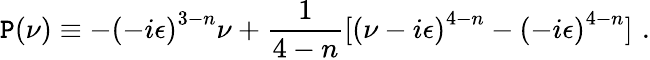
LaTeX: \mathtt{P}(\nu)\equiv-{(-i\epsilon)}^{3-n}\nu+\frac{{1}}{{4-n}}[{(\nu-i\epsilon)}^{4-n}-{(-i\epsilon)}^{4-n}]\, \, .